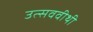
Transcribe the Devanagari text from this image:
उत्सववीथी